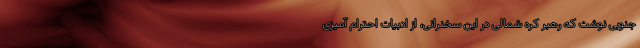
جنوبی نوشت که رهبر کره شمالی در این سخنرانی، از ادبیات احترام آمیزی